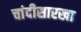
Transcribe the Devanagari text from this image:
चांदीसारखा